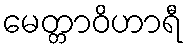
မေတ္တာဝိဟာရီ